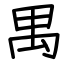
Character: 禺